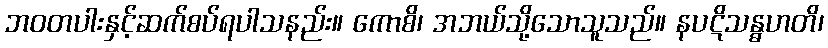
ဘဝတပါးနှင့်ဆက်စပ်ရပါသနည်း။ ကောစိ၊ အဘယ်သို့သောသူသည်။ နပဋိသန္ဓဟတိ၊